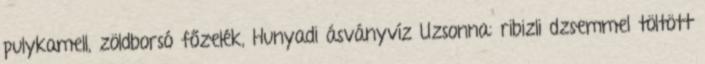
pulykamell, zöldborsó főzelék, Hunyadi ásványvíz Uzsonna: ribizli dzsemmel töltött